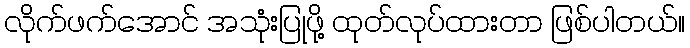
လိုက်ဖက်အောင် အသုံးပြုဖို့ ထုတ်လုပ်ထားတာ ဖြစ်ပါတယ်။